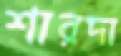
শারদা